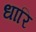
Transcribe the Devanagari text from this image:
धारि